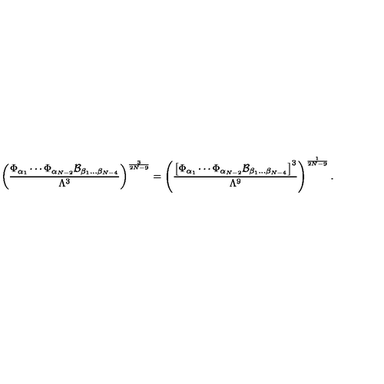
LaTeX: \left( { \frac { \Phi _ { \alpha _ { 1 } } \cdots \Phi _ { \alpha _ { N - 2 } } { \cal B } _ { \beta _ { 1 } \dots \beta _ { N - 4 } } } { \Lambda ^ { 3 } } } \right) ^ { \frac { 3 } { 2 N - 9 } } = \left( { \frac { \left[ \Phi _ { \alpha _ { 1 } } \cdots \Phi _ { \alpha _ { N - 2 } } { \cal B } _ { \beta _ { 1 } \dots \beta _ { N - 4 } } \right] ^ { 3 } } { \Lambda ^ { 9 } } } \right) ^ { \frac { 1 } { 2 N - 9 } } .